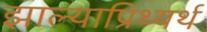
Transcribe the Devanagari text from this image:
झाल्याप्रिथ्यर्थ